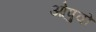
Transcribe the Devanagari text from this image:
ओपुवो